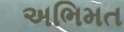
અભિમત